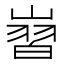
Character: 㠄